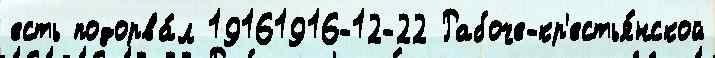
есть подорва́л 19161916-12-22 Рабоче-кр'естья́нской